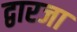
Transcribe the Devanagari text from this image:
द्वारजा